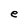
Character: e